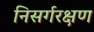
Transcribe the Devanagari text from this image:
निसर्गरक्षण